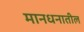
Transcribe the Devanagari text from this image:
मानधनातील